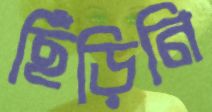
ছিঁড়িনি